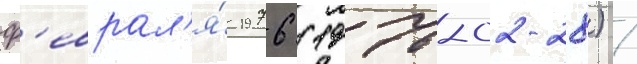
ф'еврал'я́ 1976 (1976-02-28) /